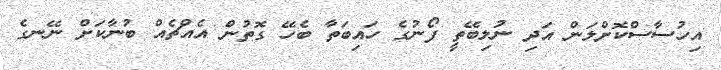
އިހުސާސްކޮށްލަން އަދި ނުލިބޭތީ ފޯނުގެ ހައިބަތާ ބެހޭ ގޮތުން އެއްޗެއް ބުނާކަށް ނޭނގެ